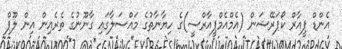
އެންޑް ޕީއާރް ކޯޕަރޭޝަން (އެމްއެމްޕީއާރްސީ)ގެ ހިޔާނާތުގެ މައްސަލާގައި ގާނޫނުގެ ތެރެއިން އިން ލޫޕް